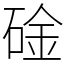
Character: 碒